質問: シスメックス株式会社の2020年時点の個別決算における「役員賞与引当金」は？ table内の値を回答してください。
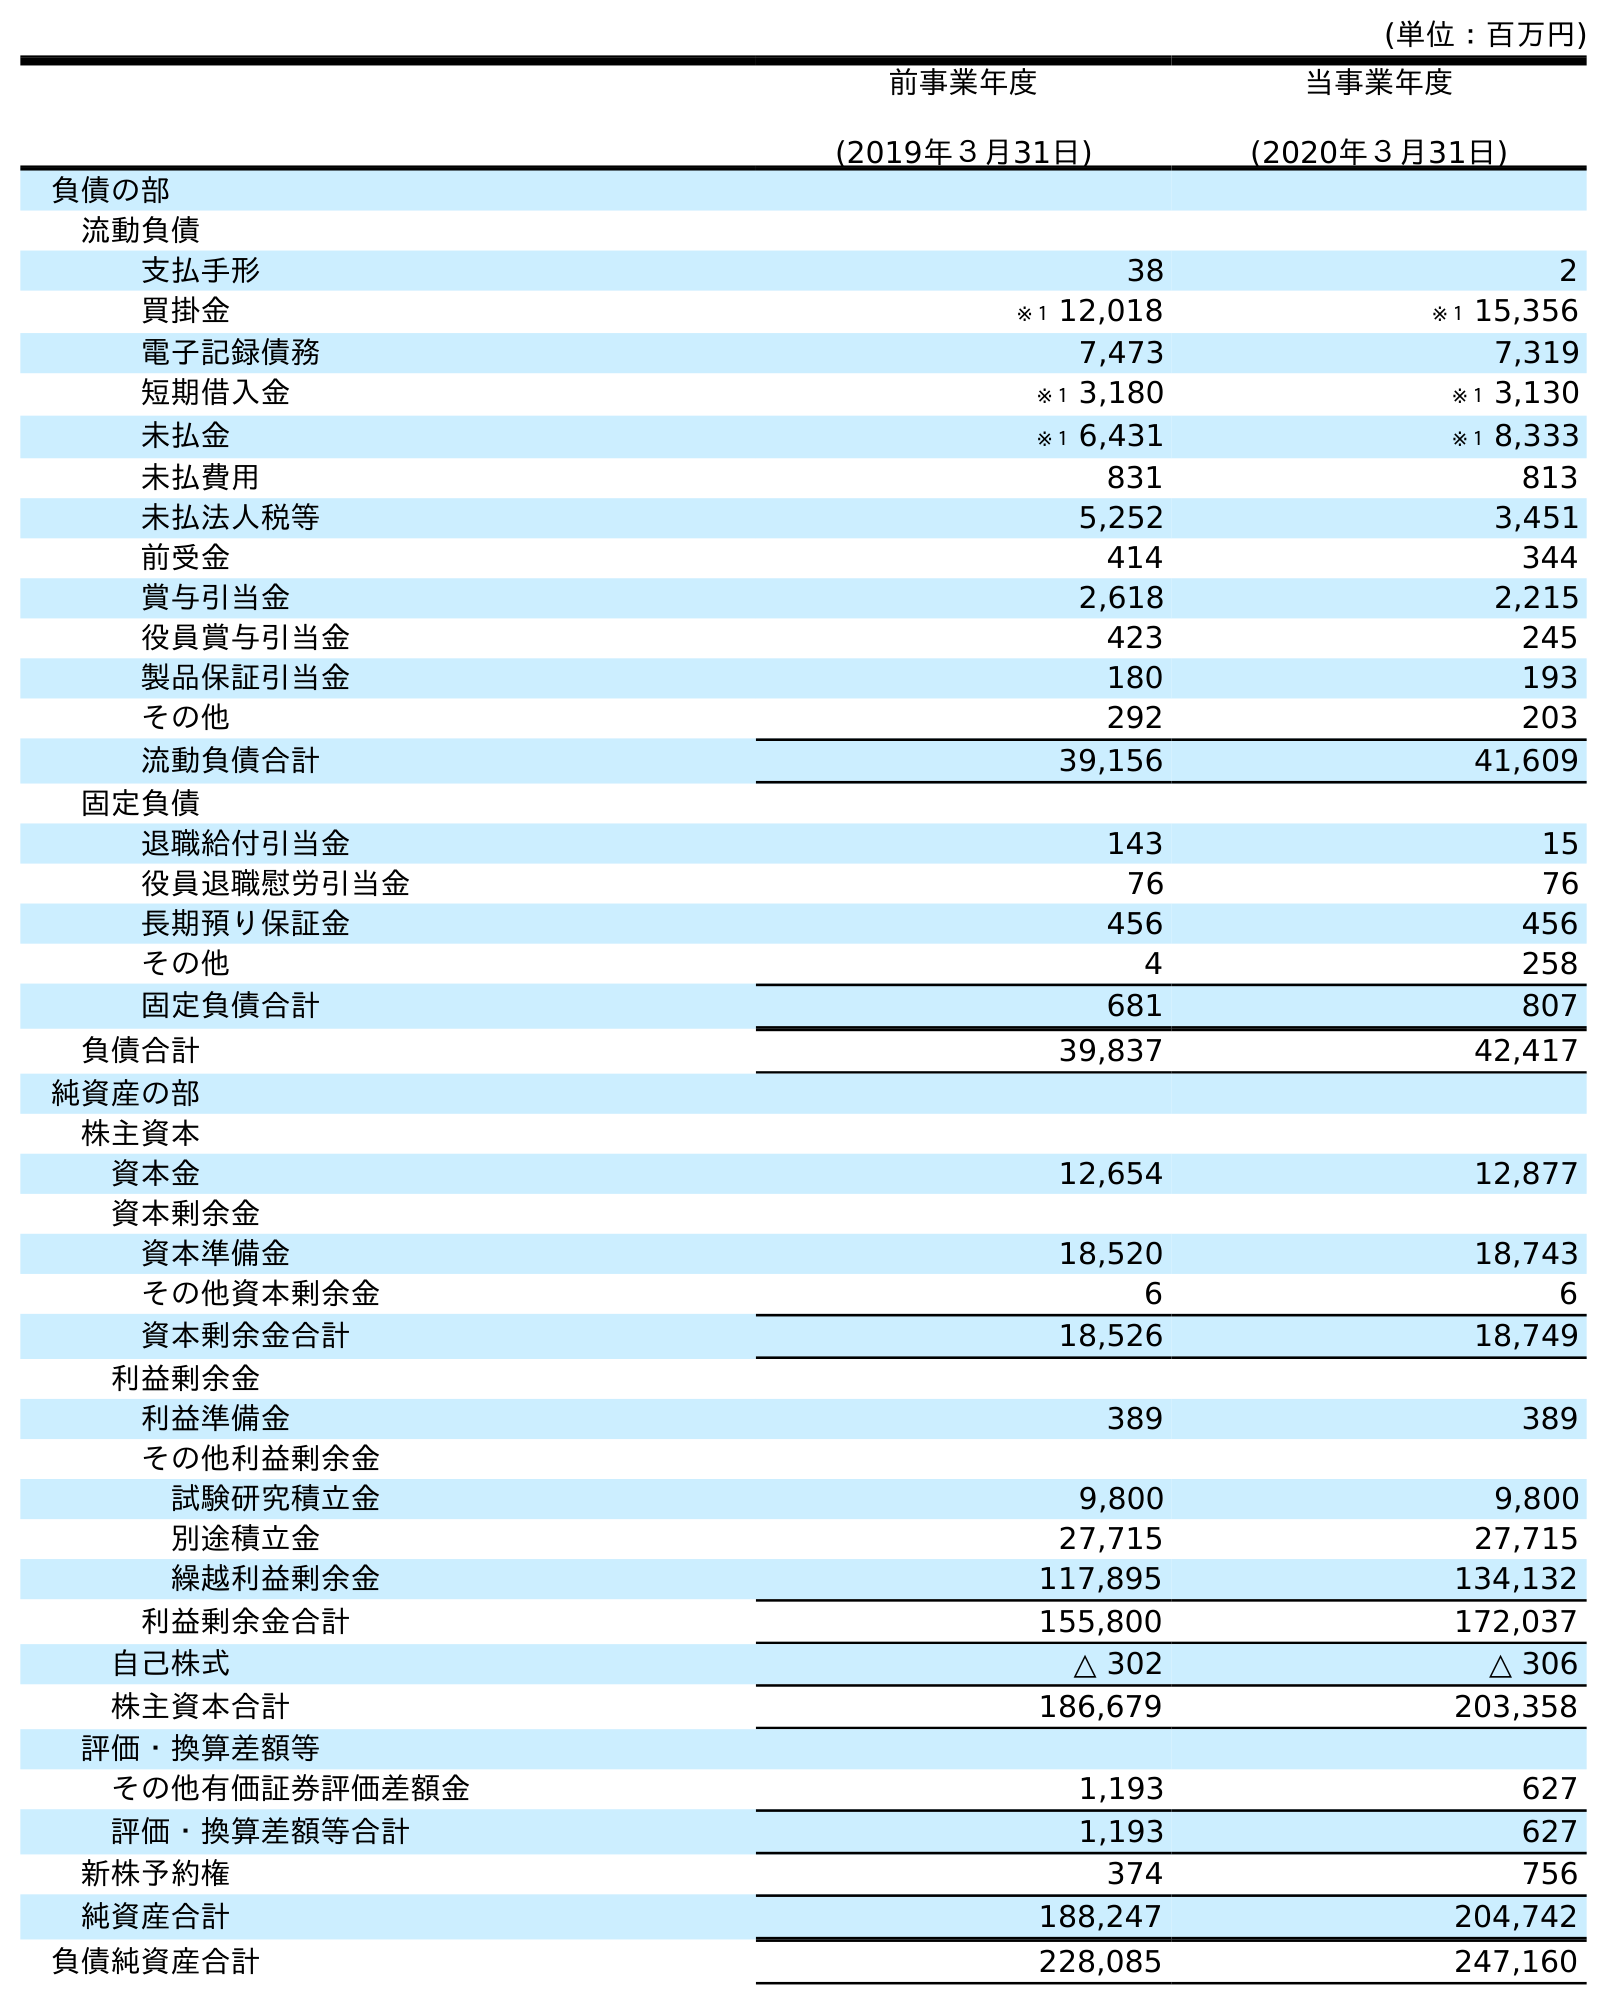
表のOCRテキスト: (単位：百万円) 前事業年度 (2019年３月31日) 当事業年度 (2020年３月31日) 負債の部 流動負債 支払手形 38 2 買掛金 ※１ 12,018 ※１ 15,356 電子記録債務 7,473 7,319 短期借入金 ※１ 3,180 ※１ 3,130 未払金 ※１ 6,431 ※１ 8,333 未払費用 831 813 未払法人税等 5,252 3,451 前受金 414 344 賞与引当金 2,618 2,215 役員賞与引当金 423 245 製品保証引当金 180 193 その他 292 203 流動負債合計 39,156 41,609 固定負債 退職給付引当金 143 15 役員退職慰労引当金 76 76 長期預り保証金 456 456 その他 4 258 固定負債合計 681 807 負債合計 39,837 42,417 純資産の部 株主資本 資本金 12,654 12,877 資本剰余金 資本準備金 18,520 18,743 その他資本剰余金 6 6 資本剰余金合計 18,526 18,749 利益剰余金 利益準備金 389 389 その他利益剰余金 試験研究積立金 9,800 9,800 別途積立金 27,715 27,715 繰越利益剰余金 117,895 134,132 利益剰余金合計 155,800 172,037 自己株式 △ 302 △ 306 株主資本合計 186,679 203,358 評価・換算差額等 その他有価証券評価差額金 1,193 627 評価・換算差額等合計 1,193 627 新株予約権 374 756 純資産合計 188,247 204,742 負債純資産合計 228,085 247,160
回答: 245